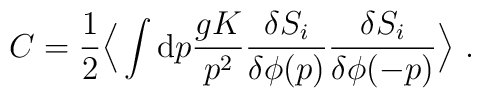
C={1\over 2} \Big\langle\int {\rm d}p{gK\over p^2}{{\delta S_{i}}\over\delta\phi(p)}{{\delta S_{i}}\over\delta\phi(-p)}\Big\rangle\ .